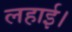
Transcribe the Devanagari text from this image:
लहाई।